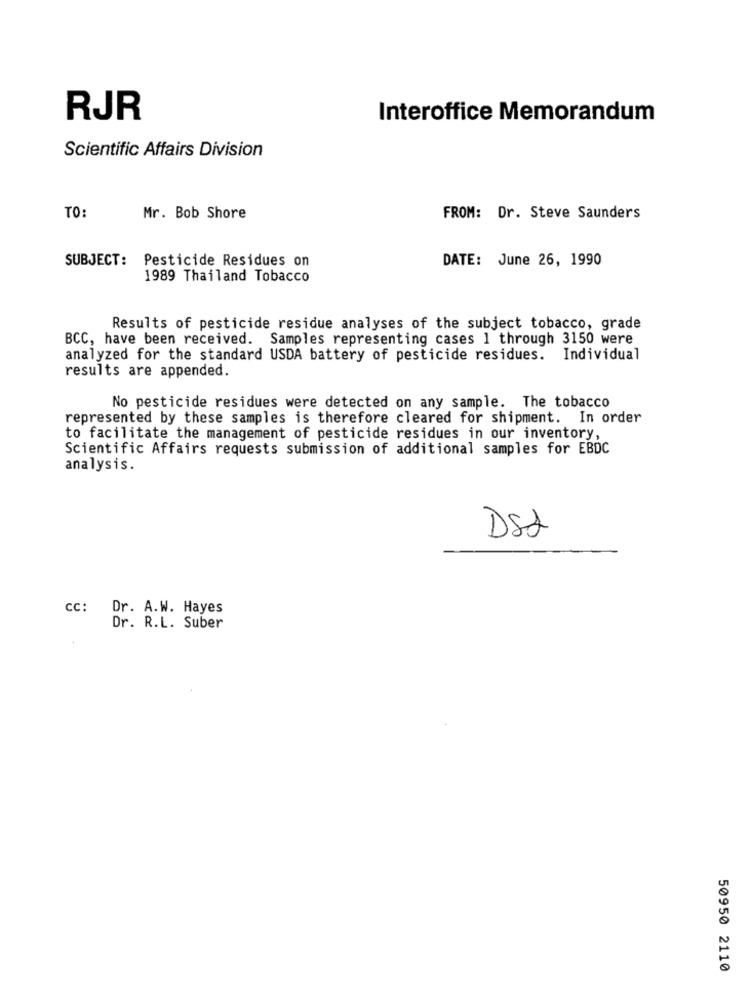
RJR
Interoffice Memorandum
Scientific Affairs Division
TO:
Mr. Bob Shore
FROM: Dr. Steve Saunders
SUBJECT: Pesticide Residues on
DATE: June 26, 1990
1989 Thailand Tobacco
Results of pesticide residue analyses of the subject tobacco, grade
BCC, have been received. Samples representing cases 1 through 3150 were
analyzed for the standard USDA battery of pesticide residues. Individual
results are appended.
No pesticide residues were detected on any sample. The tobacco
represented by these samples is therefore cleared for shipment. In order
to facilitate the management of pesticide residues in our inventory,
Scientific Affairs requests submission of additional samples for EBDC
analysis.
DSL
cc:
Dr. A.W. Hayes
Dr. R.L. Suber
50950 2110